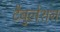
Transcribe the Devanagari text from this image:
टैबुलेशन